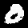
Digit: 0